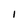
Character: I